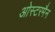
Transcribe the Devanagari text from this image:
ओस्टरमैन